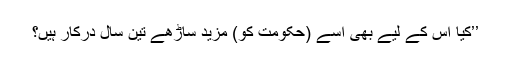
’’کیا اس کے لیے بھی اسے (حکومت کو) مزید ساڑھے تین سال درکار ہیں؟